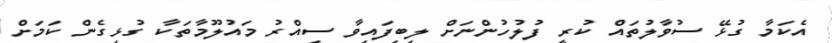
އެކަމާ ގުޅޭ ސުވާލުތައް ކުރީ ފުލުހުންނަށް ލިބިފައިވާ ސިއްރު މައުލޫމާތަކާ ގުޅިގެން ކަމަށް